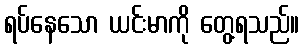
ရပ်နေသော ယင်းမာကို တွေ့ရသည်။